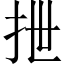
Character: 抴